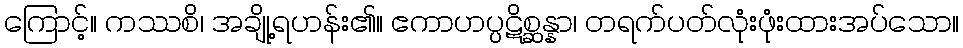
ကြောင့်။ ကဿစိ၊ အချို့ရဟန်း၏။ ဧကာဟပ္ပဋိစ္ဆန္နာ၊ တရက်ပတ်လုံးဖုံးထားအပ်သော။